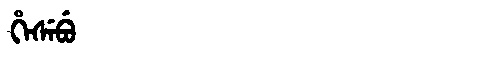
Manchu: ᡥᡝᠰᡝᠪᡠ
Romanization: HESEBU